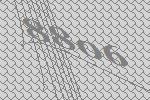
8806